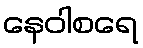
နေဝါစရေ